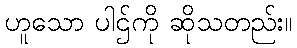
ဟူသော ပါဌ်ကို ဆိုသတည်း။